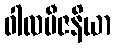
ဝါလဗီဇနိယာ